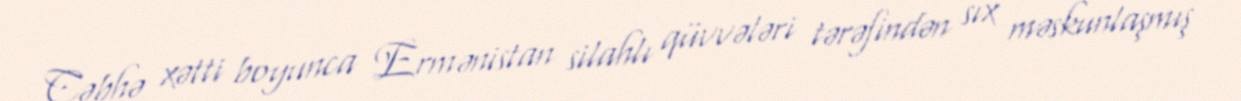
Cəbhə xətti boyunca Ermənistan silahlı qüvvələri tərəfindən sıx məskunlaşmış